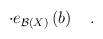
LaTeX: \begin{align*}\cdot e_{{\cal B}\left( X\right) }\left( b\right) \quad .\end{align*}